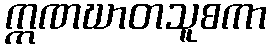
ဣဏဃာတသူစကာ